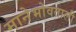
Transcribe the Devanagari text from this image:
मानेभोवताली